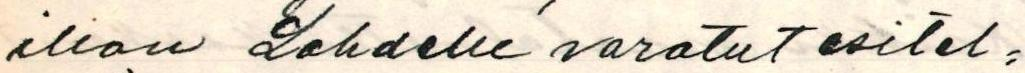
illan Lahdelle varatut esitel=